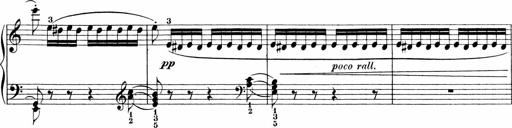
Title: Sonatinen Op.47, 98 und 136, nebst 6 Liedersonatinen
Composer: Carl Reinecke